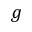
g